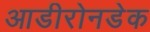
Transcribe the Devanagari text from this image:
आडीरोनडेक